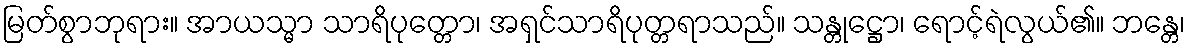
မြတ်စွာဘုရား။ အာယသ္မာ သာရိပုတ္တော၊ အရှင်သာရိပုတ္တရာသည်။ သန္တုဋ္ဌော၊ ရောင့်ရဲလွယ်၏။ ဘန္တေ၊